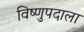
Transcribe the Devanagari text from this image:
विष्णुपदाला